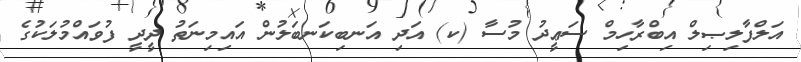
އަލްފާލިޞިލް އިބްރާހިމް ސަޢީދު މުސާ (ކ) އަދި އަނބިކަނބަލުން އައިމިނަތު ދީދީ ފުވައްމުލަކުގެ